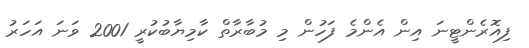
ފިއޮރެންޓީނަ އިން އެންމެ ފަހުން މި މުބާރާތް ކާމިޔާބުކުރީ 2001 ވަނަ އަހަރު